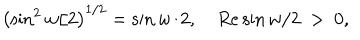
\left( \sin ^ { 2 } w / 2 \right) ^ { 1 / 2 } = \sin w / 2 , ~ R e \sin w / 2 ~ > ~ 0 ,